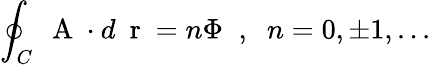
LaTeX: \oint_{C}\mathrm{~\mathbf~A~}\cdot d\mathrm{~\mathbf~r~}=n\Phi\; \; ,\; \; n=0,\pm 1,...